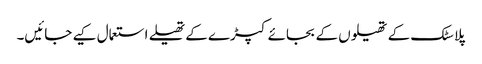
پلاسٹک کے تھیلوں کے بجائے کپڑے کے تھیلے استعمال کیے جائیں۔